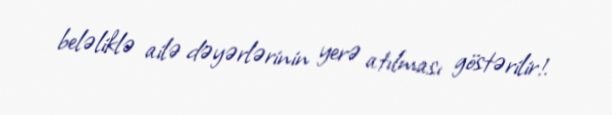
beləliklə ailə dəyərlərinin yerə atılması göstərilir!.